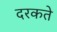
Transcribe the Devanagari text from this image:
दरकते